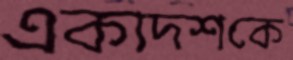
একাদশকে